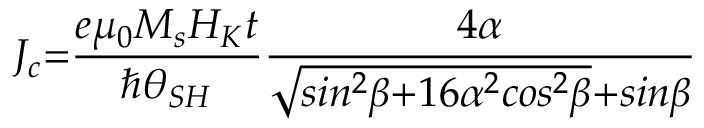
J _ { c } { = } \frac { e { \mu } _ { 0 } M _ { s } H _ { K } t } { { \hslash } { \theta } _ { S H } } \frac { { 4 } \alpha } { \sqrt { s i n ^ { { 2 } } \beta { + 1 6 } { \alpha } ^ { { 2 } } c o s ^ { { 2 } } \beta } { + } s i n \beta }